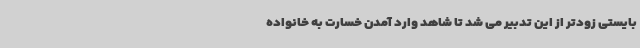
بایستی زودتر از این تدبیر می شد تا شاهد وارد آمدن خسارت به خانواده